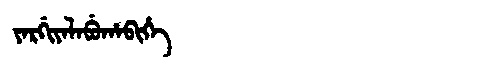
Manchu: ᠶᠠᡵᡤᡳᠶᠠᠯᠠᠪᡠᡥᠠᠪᡳᡥᡝ
Romanization: YARGIYALABUHABIHE